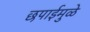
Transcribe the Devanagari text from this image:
छपाईमुळे